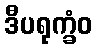
ဒီပရုက္ခံဝ